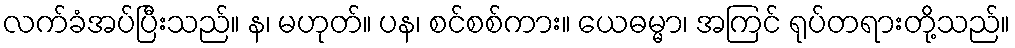
လက်ခံအပ်ပြီးသည်။ န၊ မဟုတ်။ ပန၊ စင်စစ်ကား။ ယေဓမ္မာ၊ အကြင် ရုပ်တရားတို့သည်။